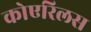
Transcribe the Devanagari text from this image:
कोएरिलस